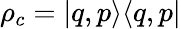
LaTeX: \rho_{c}=\vert q,p\rangle\langle q,p\vert